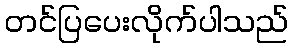
တင်ပြပေးလိုက်ပါသည်